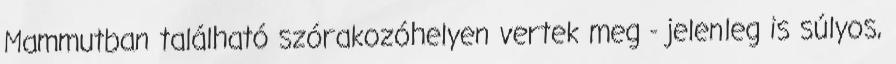
Mammutban található szórakozóhelyen vertek meg - jelenleg is súlyos,